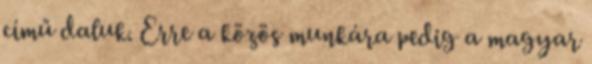
című daluk. Erre a közös munkára pedig a magyar